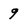
Character: 9